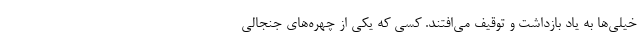
خیلی‌ها به یاد بازداشت و توقیف می‌افتند. کسی که یکی از چهره‌های جنجالی